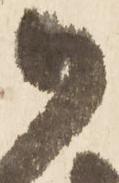
御